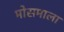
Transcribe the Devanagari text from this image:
मोसमाला